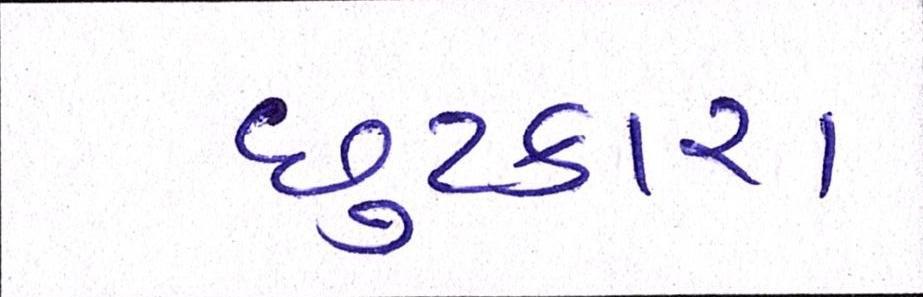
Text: છુટકારા